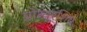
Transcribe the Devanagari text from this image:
प्रोन्‍यूरशिप